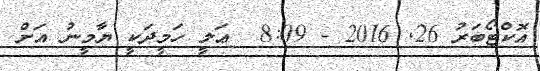
އޮކްޓޯބަރު 26